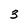
Character: 3